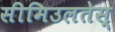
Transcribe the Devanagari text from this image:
सीमिउलतेस्